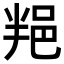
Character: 𨚚